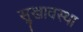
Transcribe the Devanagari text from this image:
सुखावस्था